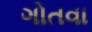
ગોતવા